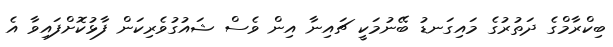
ބިކްރާމްގެ ދަތުރުގެ މައިގަނޑު ބޭނުމަކީ ޗައިނާ އިން ވެސް ޝައުގުވެރިކަން ފާޅުކޮށްފައިވާ އެ